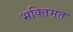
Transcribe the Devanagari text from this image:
भक्तिमत